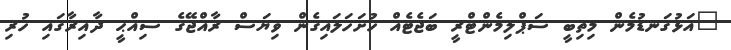
"އަޅުގަނޑުމެން މިތިބީ ސަޕްލިމެންޓްރީ ބަޖެޓެއް ހުށަހަލައިގެން ވިޔަސް ރާއްޖޭގެ ސިއްޙީ ދާއިރާގައި ހުރި